Scottish Leaving Certificate Examination, 1959
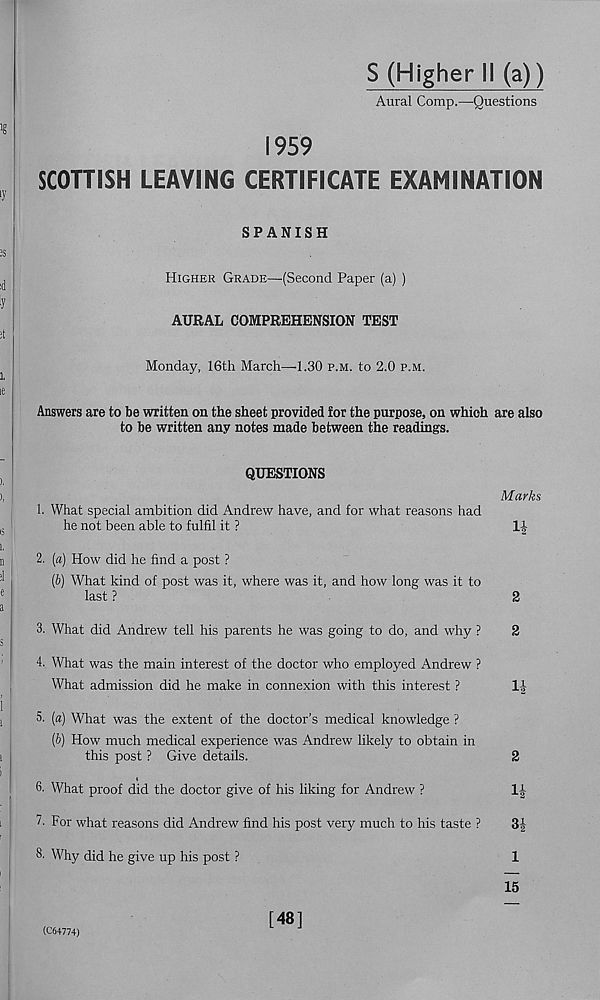
S (Higher II (a))
Aural Comp.—Questions
1959
SCOTTISH LEAVING CERTIFICATE EXAMINATION
SPANISH
Higher Grade—{Second Paper (a) )
AURAL COMPREHENSION TEST
Monday, 16th March—1.30 p.m. to 2.0 p.m.
Answers are to be written on the sheet provided for the purpose, on which are also
to be written any notes made between the readings.
QUESTIONS
Marks
1. What special ambition did Andrew have, and for what reasons had
he not been able to fulfil it ?
l-J
2. [a) How did he find a post ?
(b) What kind of post was it, where was it, and how long was it to
last ?
2
3. What did Andrew tell his parents he was going to do, and why ?
2
4. What was the main interest of the doctor who employed Andrew ?
What admission did he make in connexion with this interest ?
li
5. (a) What was the extent of the doctor’s medical knowledge ?
(6) How much medical experience was Andrew likely to obtain in
this post ? Give details.
2
6. What proof did the doctor give of his liking for Andrew ?
1-|-
!■ For what reasons did Andrew find his post very much to his taste ?
3|
8. Why did he give up his post ?
1
15
(C64774)
[48]